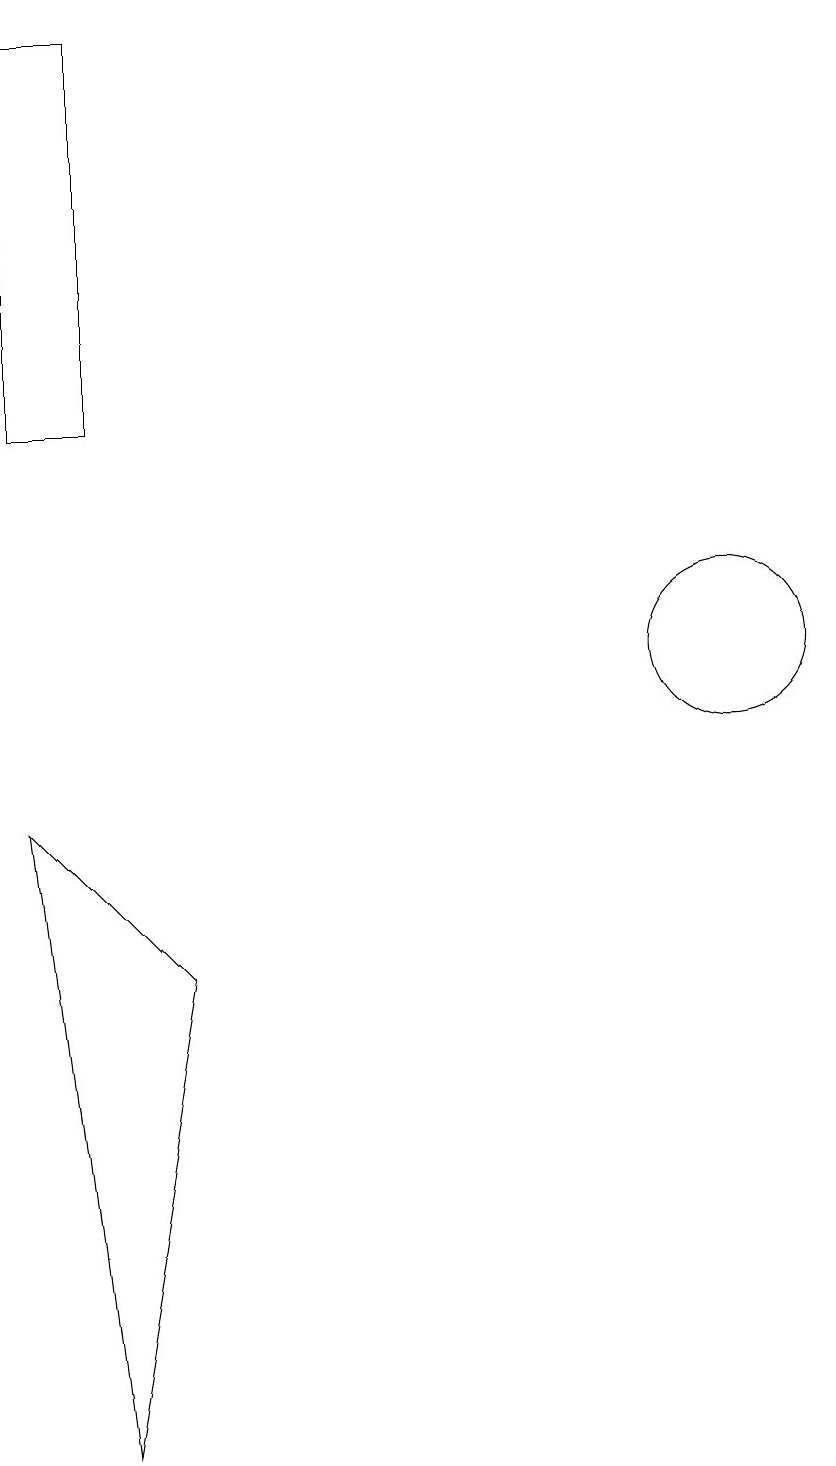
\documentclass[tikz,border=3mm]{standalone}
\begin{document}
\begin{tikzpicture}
\draw (3,0) -- (2,8) -- (4,6) -- cycle;
\draw (11,10) circle (1);
\draw (2,18) rectangle (3,13);
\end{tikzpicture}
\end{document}